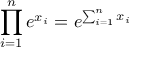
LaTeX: \prod _ { i = 1 } ^ { n } e ^ { x _ { i } } = e ^ { \sum _ { i = 1 } ^ { n } x _ { i } }